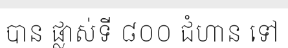
បាន ផ្លាស់ទី ៨០០ ជំហាន ទៅ